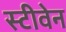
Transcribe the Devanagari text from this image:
स्‍टीवेन